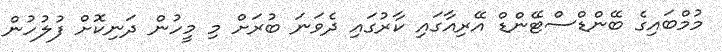
މުމްބައިގެ ބޭންޑްސްޓޭންޑް އޭރިއާގައި ކާރުގައި ދެވަނަ ބުރަށް މި މީހުން ދަނިކޮށް ފުލުހުން